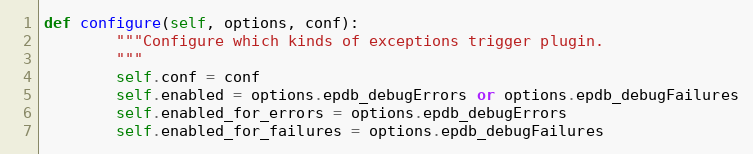
Language: Python
def configure(self, options, conf):
        """Configure which kinds of exceptions trigger plugin.
        """
        self.conf = conf
        self.enabled = options.epdb_debugErrors or options.epdb_debugFailures
        self.enabled_for_errors = options.epdb_debugErrors
        self.enabled_for_failures = options.epdb_debugFailures